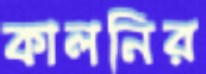
কালনির